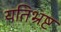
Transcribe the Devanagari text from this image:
यतिभ्रष्ट